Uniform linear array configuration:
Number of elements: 24
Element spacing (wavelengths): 0.5
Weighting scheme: binomial
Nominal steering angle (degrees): -45
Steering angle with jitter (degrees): -46.342
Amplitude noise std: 0.05
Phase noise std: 0.05

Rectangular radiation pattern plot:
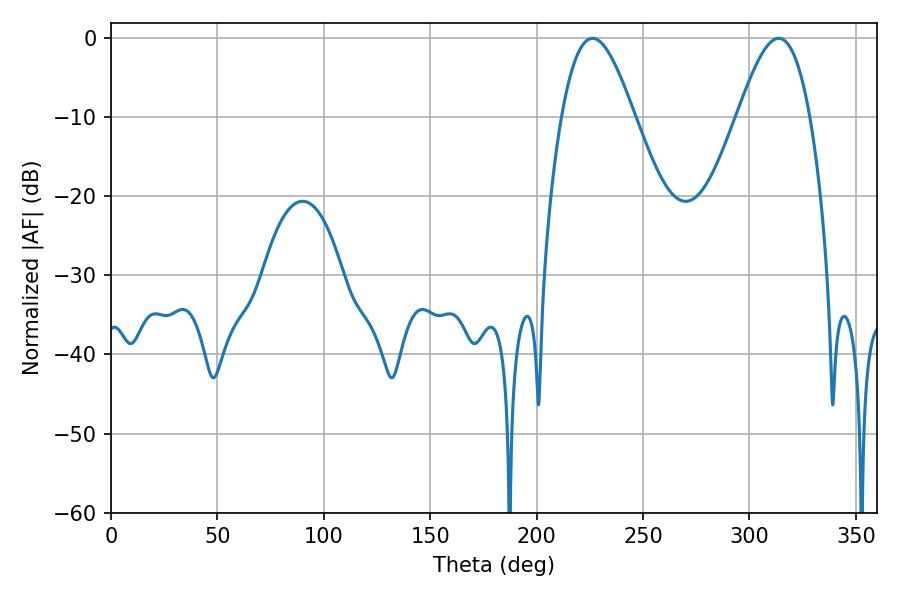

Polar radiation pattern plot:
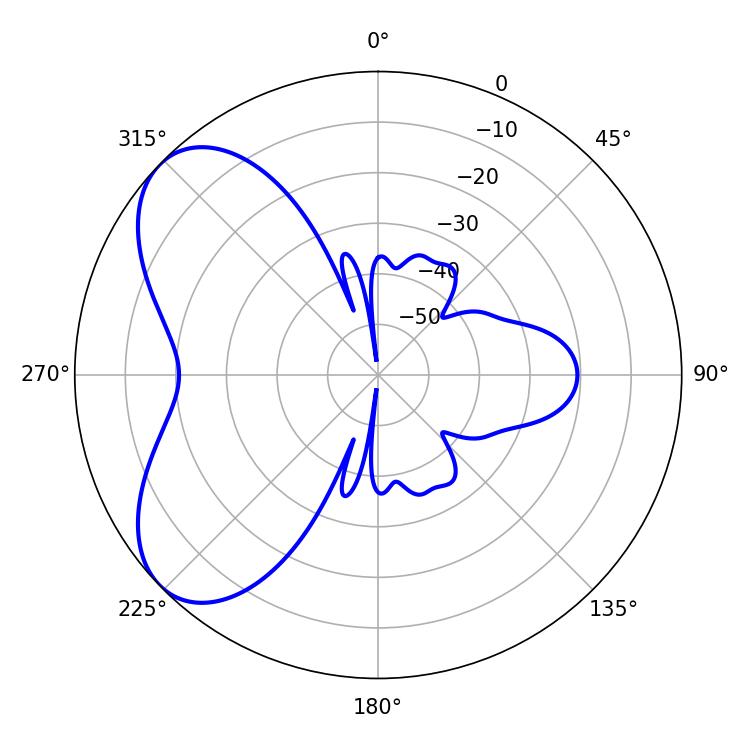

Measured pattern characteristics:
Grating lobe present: FALSE
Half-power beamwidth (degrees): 18.36
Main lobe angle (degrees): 226.26